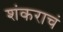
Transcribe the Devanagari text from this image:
शंकराचं